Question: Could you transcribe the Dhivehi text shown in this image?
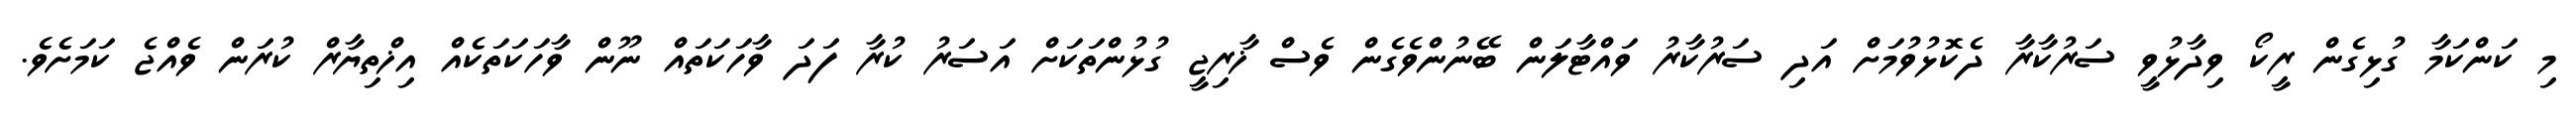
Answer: މި ކަންކަމާ ގުޅިގެން ރީކޯ ވިދާޅުވީ ސަރުކާރާ ދެކޮޅުވުމަށް އަދި ސަރުކާރު ވައްޓާލަން ބޭނުންވެގެން ވެސް ޚާރިޖީ ގުޅުންތަކަށް އަސަރު ކުރާ ފަދަ ވާހަކަތައް ނޫން ވާހަކަތަކެއް އިޚްތިޔާރް ކުރަން ވެއްޖެ ކަމަށެވެ.